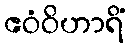
ဧဝံဝိဟာရိံ